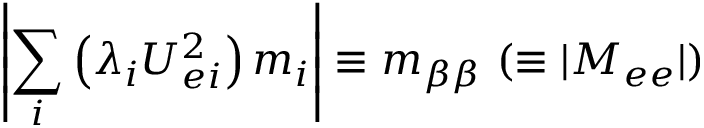
\left| \sum _ { i } \left( \lambda _ { i } U _ { e i } ^ { 2 } \right) m _ { i } \right| \equiv m _ { \beta \beta } ~ ( \equiv | M _ { e e } | )